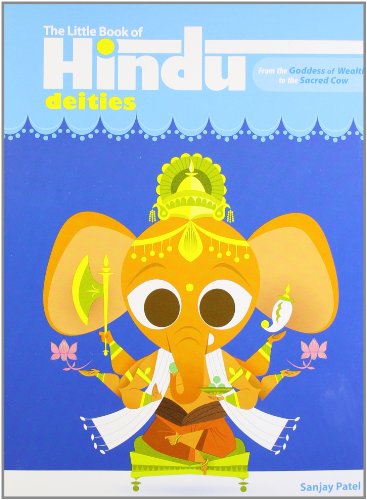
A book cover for The Little Book of Hindu Deities: From the Goddess of Wealth to the Sacred Cow; Sanjay Patel; Religion & Spirituality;